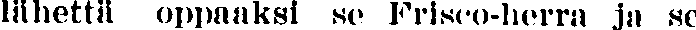
lähettä oppaaksi se Friseo-herra ja se